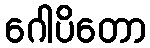
ဂေါပိတော